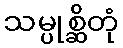
သမ္ပုစ္ဆိတုံ